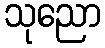
သုညော